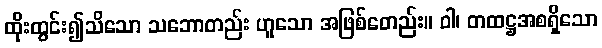
ထိုးထွင်း၍သိသော သဘောတည်း ဟူသော အဖြစ်တေည်း။ ဝါ၊ တထဋ္ဌအစရှိသော